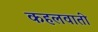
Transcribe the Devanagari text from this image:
कहलवाती